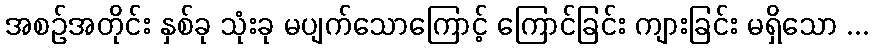
အစဉ်အတိုင်း နှစ်ခု သုံးခု မပျက်သောကြောင့် ကြောင်ခြင်း ကျားခြင်း မရှိသော ...